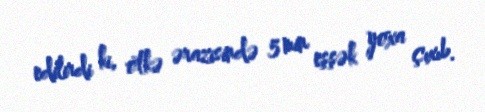
edilirdi ki, ölkə ərazisində 5 min eşşək yoxa çıxıb.